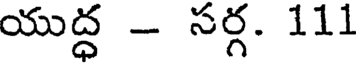
యుద్ధ - సర్గ. 111